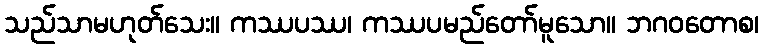
သည်သာမဟုတ်သေး။ ကဿပဿ၊ ကဿပမည်တော်မူသော။ ဘဂဝတောစ၊